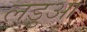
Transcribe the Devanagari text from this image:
लड़ुआ